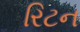
રિટન